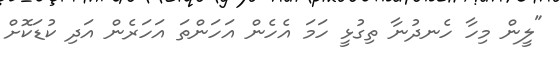
"ލީން މިހާ ހެނދުނާ ތިގުޅީ ހަމަ އެހެން އަހަންތަ އަހަރެން އަދި ކުޑަކޮށް